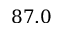
8 7 . 0